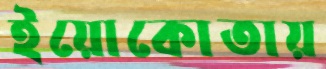
ইয়োকোতায়